Report of the Municipal Commissioner on the plague in Bombay for the year ending 31st May... - Volume 3
Disease focus: Plague
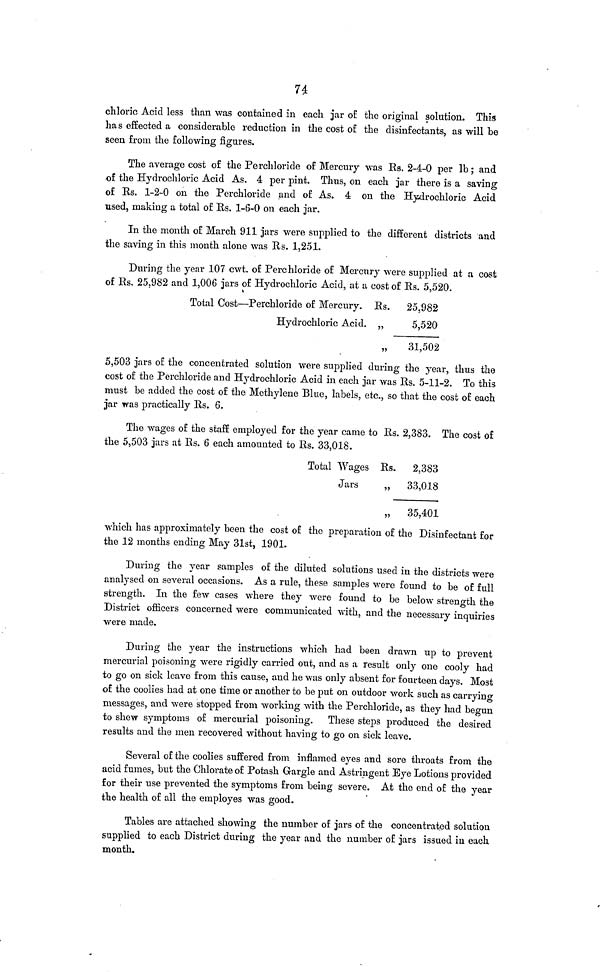
74
chloric Acid less than was contained in each jar of the original solution. This
has effected a considerable reduction in the cost of the disinfectants, as will be
seen from the following figures.
The average cost of the Perchloride of Mercury was Us. 2-4-0 per lb; and
of the Hydrochloric Acid As. 4 per pint. Thus, on each jar there is a saving
of Rs. 1-2-0 on the Perchloride and of As. 4 on the Hydrochloric Acid
used, making a total of Rs. 1-6-0 on each jar.
In the month of March 911 jars were supplied to the different districts and
the saving in this month alone was Rs. 1,251.
During the year 107 cwt. of Perchloride of Mercury were supplied at a cost
of Rs. 25,982 and 1,006 jars of Hydrochloric Acid, at a cost of Rs. 5,520.
Total Cost—Perchloride of Mercury.
Hydrochloric Acid.
Rs.
25,982
" 5,520
" 31,502
5,503 jars of the concentrated solution were supplied during the year, thus the
cost of the Perchloride and Hydrochloric Acid in each jar was Rs. 5-11-2. To this
must be added the cost of the Methylene Blue, labels, etc., so that the cost of each
jar was practically Rs. 6.
The wages of the staff employed for the year came to Rs. 2,383. The cost of
the 5,503 jars at Rs. 6 each amounted to Rs. 33,018.
Total Wages
Jars
Rs.
2,383
„
33,018
„
35,401
which has approximately been the cost of the preparation of the Disinfectant for
the 12 months ending May 31st, 1901.
During the year samples of the diluted solutions used in the districts were
analysed on several occasions. As a rule, these samples were found to be of full
strength. In the few cases where they were found to be below strength the
District officers concerned were communicated with, and the necessary inquiries
were made.
During the year the instructions which had been drawn up to prevent
mercurial poisoning were rigidly carried out, and as a result only one cooly had
to go on sick leave from this cause, and he was only absent for fourteen days. Most
of the coolies had at one time or another to be put on outdoor work such as carrying
messages, and were stopped from working with the Perchloride, as they had begun
to shew symptoms of mercurial poisoning. These steps produced the desired
results and the men recovered without having to go on sick leave.
Several of the coolies suffered from inflamed eyes and sore throats from the
acid fumes, but the Chlorate of Potash Gargle and Astringent Eye Lotions provided
for their use prevented the symptoms from being severe. At the end of the year
the health of all the employes was good.
Tables are attached showing the number of jars of the concentrated solution
supplied to each District during the year and the number of jars issued in each
month.